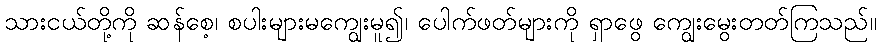
သားငယ်တို့ကို ဆန်စေ့၊ စပါးများမကျွေးမူ၍၊ ပေါက်ဖတ်များကို ရှာဖွေ ကျွေးမွေးတတ်ကြသည်။